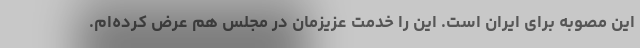
این مصوبه برای ایران است. این را خدمت عزیزمان در مجلس هم عرض کرده‌ام.